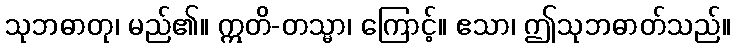
သုဘဓာတု၊ မည်၏။ ဣတိ-တသ္မာ၊ ကြောင့်။ ဧသာ၊ ဤသုဘဓာတ်သည်။